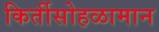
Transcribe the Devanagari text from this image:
किर्तीसोहळामान